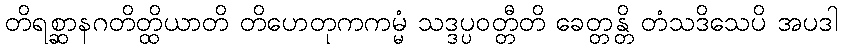
တိရစ္ဆာနဂတိတ္ထိယာတိ တိဟေတုကကမ္မံ သဒ္ဒပ္ပဝတ္တီတိ ခေတ္တန္တိ တံသဒိသေပိ အပဒါ